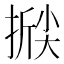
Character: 𰔗